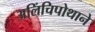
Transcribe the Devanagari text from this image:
अलिंचिपोथाने